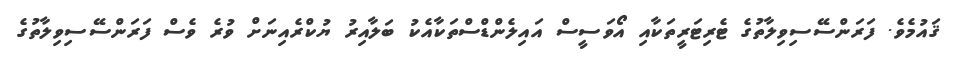
ޤައުމެވެ. ފަރަންސޭސިވިލާތުގެ ޓެރިޓަރީތަކާއި އޯވަސީސް އައިލެންޑްސްތަކާއެކު ބަލާއިރު ޔުކްރެއިނަށް ވުރެ ވެސް ފަރަންސޭސިވިިލާތުގެ